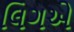
લિગએ